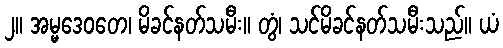
၂။ အမ္မဒေဝတေ၊ မိခင်နတ်သမီး။ တွံ၊ သင်မိခင်နတ်သမီးသည်။ ယံ